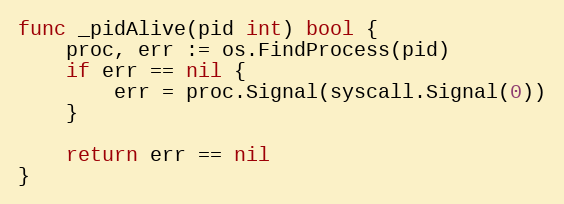
Language: Go
func _pidAlive(pid int) bool {
	proc, err := os.FindProcess(pid)
	if err == nil {
		err = proc.Signal(syscall.Signal(0))
	}

	return err == nil
}